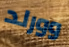
وورلد